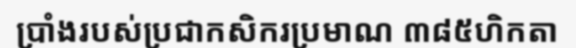
ប្រាំងរបស់ប្រជាកសិករប្រមាណ ៣៨៥ហិកតា